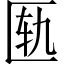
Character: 匦